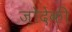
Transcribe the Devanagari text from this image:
ज़ोदेकी